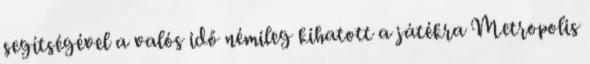
segítségével a valós idő némileg kihatott a játékra Metropolis